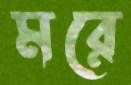
মরে